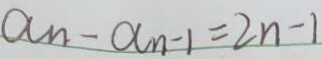
a _ { n } - a _ { n - 1 } = 2 n - 1